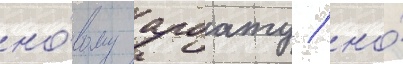
но́вому арбату / но́